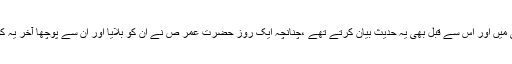
حضرت عمار بن یاسرص خلافتِ فاروقی میں اور اس سے قبل بھی یہ حدیث بیان کرتے تھے ،چنانچہ ایک روز حضرت عمر ص نے ان کو بلایا اور ان سے پوچھا آخر یہ کونسی حدیث ہے جسے تم بیان کرتے ہو؟